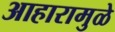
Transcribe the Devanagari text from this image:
आहारामुळे